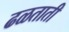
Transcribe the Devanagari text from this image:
ढळताती